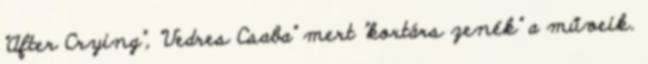
"After Crying", "Vedres Csaba" mert "kortárs zenék" a műveik.